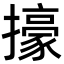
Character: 㩝